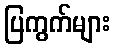
ပြကွက်များ